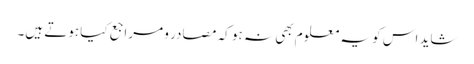
شاید اس کو یہ معلوم بھی نہ ہو کہ مصادر و مراجع کیا ہوتے ہیں۔